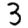
Digit: 3